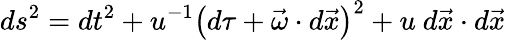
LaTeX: ds^{2}=dt^{2}+u^{-1}\left(d\tau+\vec{\omega}\cdot d\vec{x}\right)^{2}+u~d\vec{x}\cdot d\vec{x}